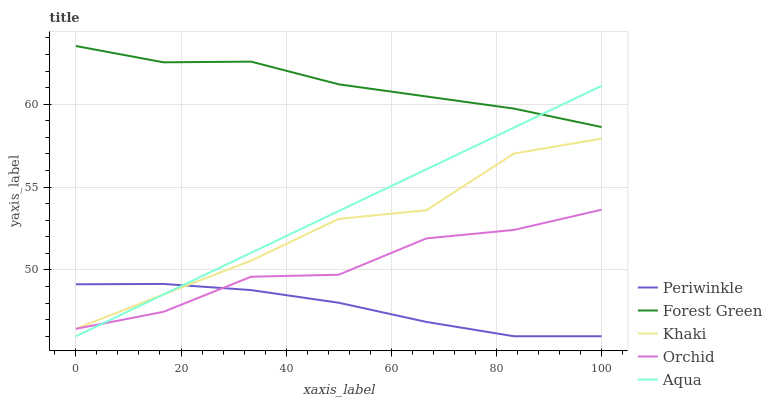
| xaxis_label | Periwinkle | Forest Green | Khaki | Orchid | Aqua |
 | --- | --- | --- | --- | --- | --- |
 | 0 | 49.1 | 63.5 | 46.5 | 46.4 | 46 |
 | 16.7 | 49.2 | 62.5 | 48.5 | 47.5 | 48.5 |
 | 33.3 | 48.8 | 62.6 | 50.6 | 49.6 | 51 |
 | 50 | 48 | 61.2 | 53.1 | 49.7 | 53.6 |
 | 66.7 | 46.9 | 60.5 | 53.6 | 51.9 | 56.1 |
 | 83.3 | 46 | 59.7 | 57 | 52.4 | 58.6 |
 | 100 | 46 | 58.6 | 57.9 | 53.6 | 61.1 |